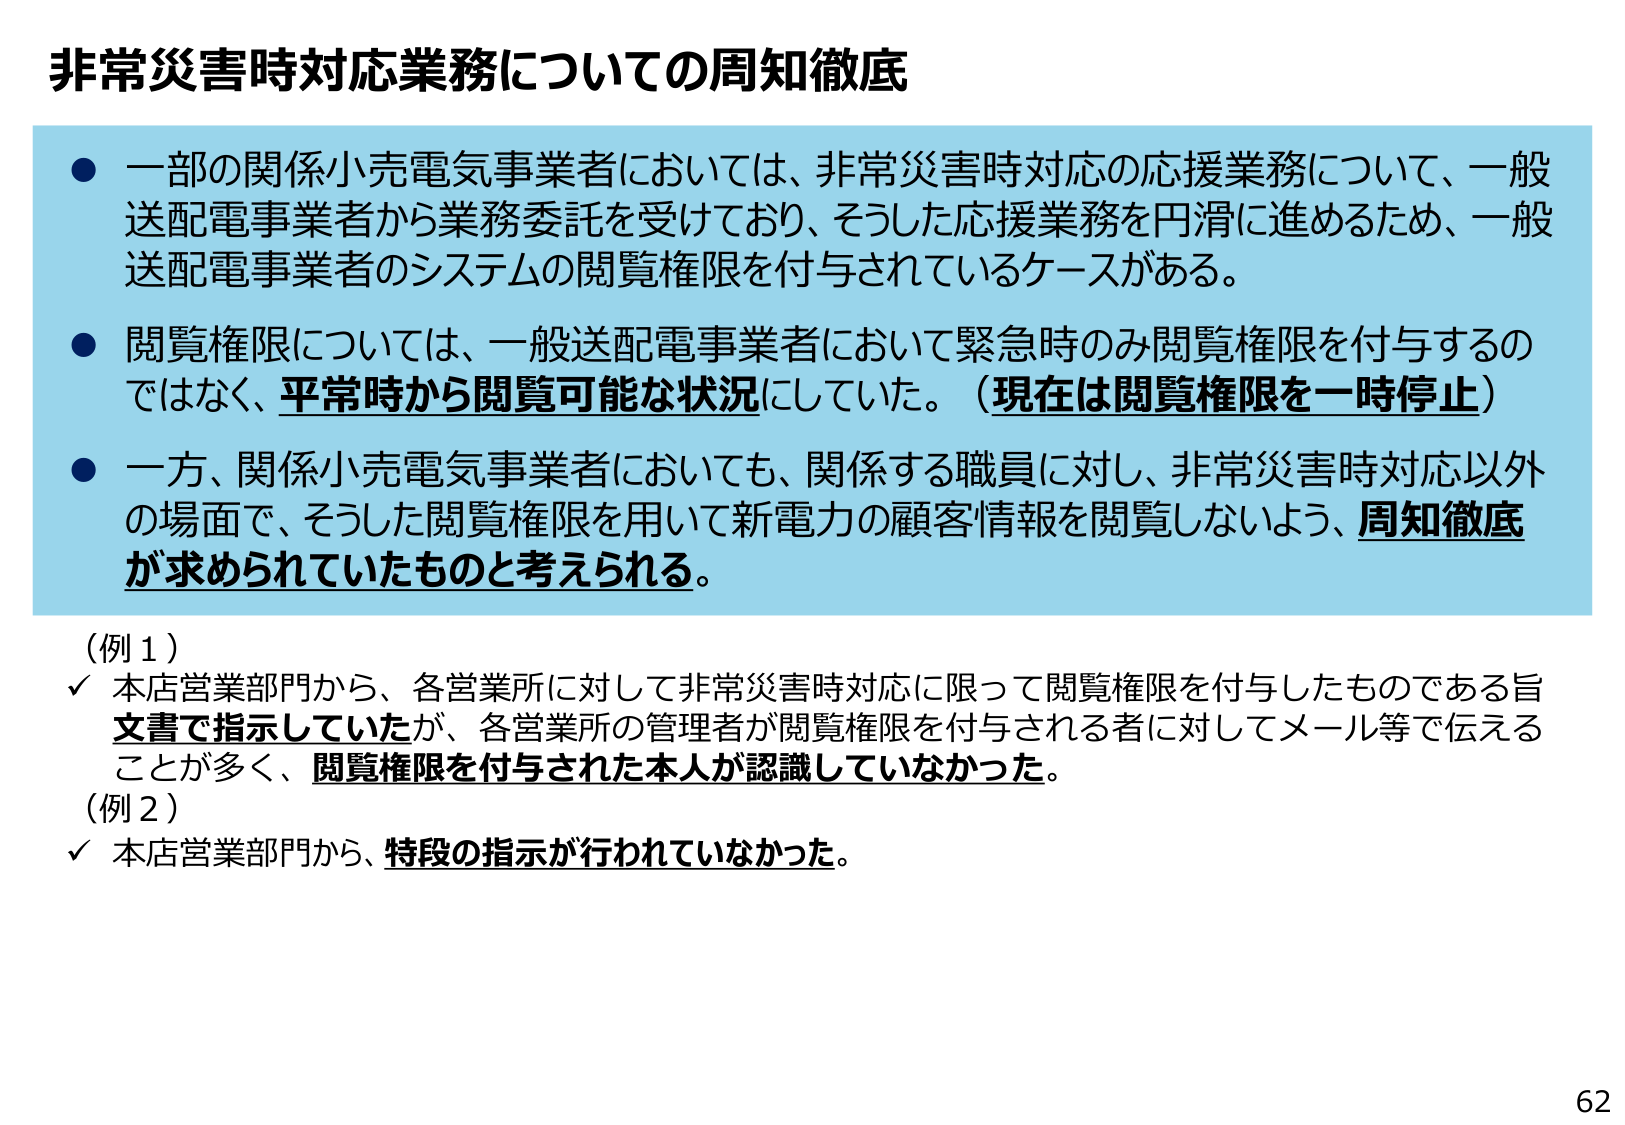
非常災害時対応業務についての周知徹底

● 一部の関係小売電気事業者においては、非常災害時対応の応援業務について、一般送配電事業者から業務委託を受けており、そうした応援業務を円滑に進めるため、一般送配電事業者のシステムの閲覧権限を付与されているケースがある。

● 閲覧権限については、一般送配電事業者において緊急時のみ閲覧権限を付与するのではなく、平常時から閲覧可能な状況にしていた。（現在は閲覧権限を一時停止）

● 一方、関係小売電気事業者においても、関係する職員に対し、非常災害時対応以外の場面で、そうした閲覧権限を用いて新電力の顧客情報を閲覧しないよう、周知徹底が求められていたものと考えられる。

（例１）
✓ 本店営業部門から、各営業所に対して非常災害時対応に限って閲覧権限を付与したものである旨文書で指示していたが、各営業所の管理者が閲覧権限を付与される者に対してメール等で伝えることが多く、閲覧権限を付与された本人が認識していなかった。

（例２）
✓ 本店営業部門から、特段の指示が行われていなかった。

62